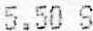
5.50 S